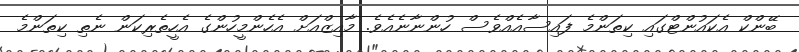
ބޭންކް އެކައުންޓްގައި ކިތަންމެ ފައިސާއެއްވެސް ހުންނާނެއެވެ. މާއިޒްއަށް އެހެންމީހުންގެ އެހީތެރިކަން ނެތި ކިތަންމެ